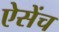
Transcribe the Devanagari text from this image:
ऐसेंच